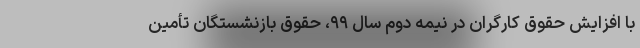
با افزایش حقوق کارگران در نیمه دوم سال ۹۹، حقوق بازنشستگان تأمین